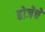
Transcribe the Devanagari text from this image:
होजेचे